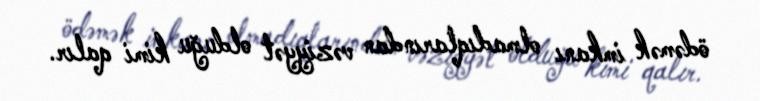
ödəmək imkanı olmadıqlarından vəziyyət olduğu kimi qalır.